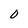
Character: 0